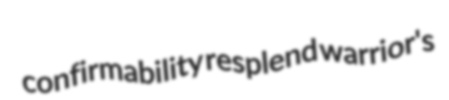
confirmability resplend warrior's